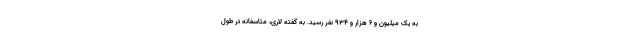
به یک میلیون و ۶ هزار و ۹۳۴ نفر رسید. به گفته لاری، متاسفانه در طول